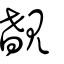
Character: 𧡺